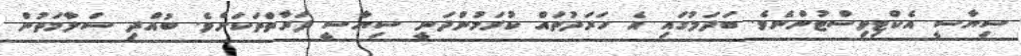
ސިޔާސީ އެކްޓިވިސްޓުންނެވެ. ބަދަލުގައި އެ ހަރަދުތައް ކުރަމުންދަނީ ސިޔާސީ ފަރާތްތަކަށެވެ. ބުއްދި ސަލާމަތުން